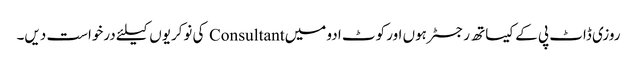
روزی ڈاٹ پی کے کیساتھ رجسٹر ہوں اور کوٹ ادو میں Consultant کی نوکریوں کیلئے درخواست دیں۔